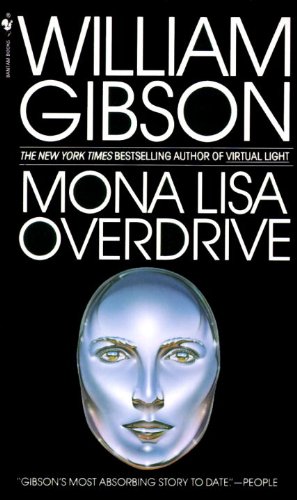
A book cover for Mona Lisa Overdrive; William Gibson; Mystery, Thriller & Suspense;